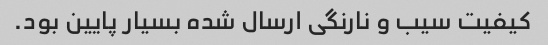
کیفیت سیب و نارنگی ارسال شده بسیار پایین بود.